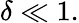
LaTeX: \delta\ll 1.